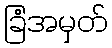
ခြံအမှတ်